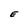
Character: E